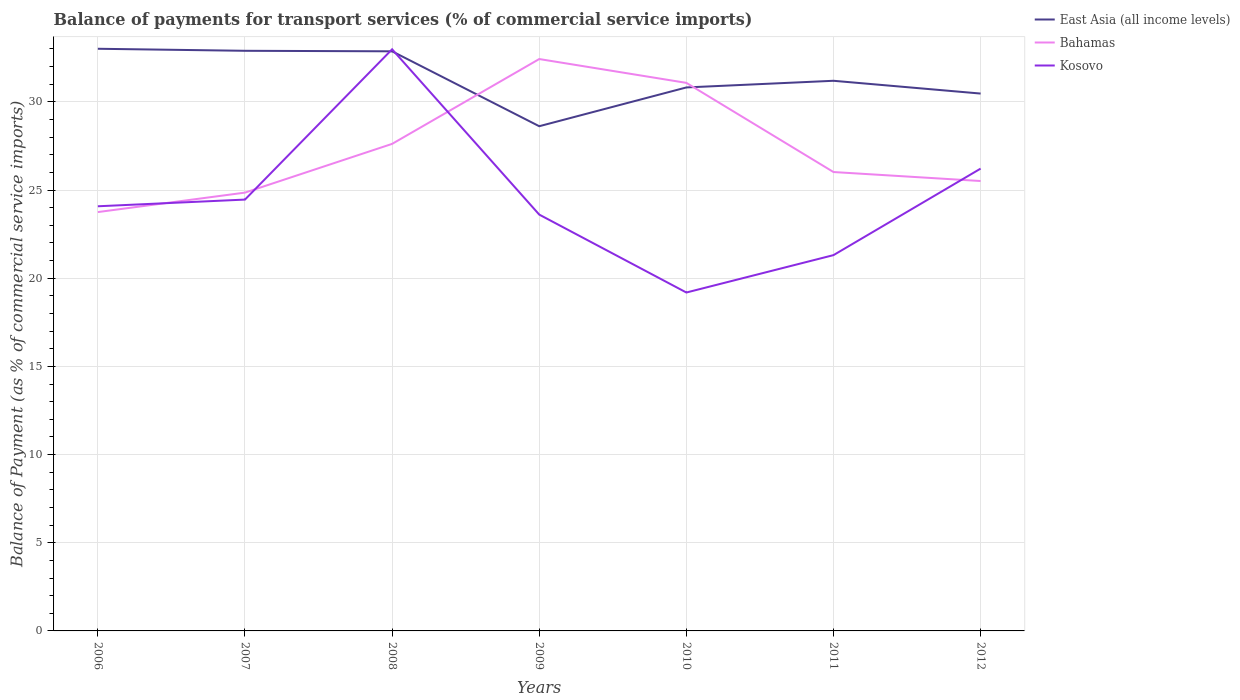
| Years | East Asia (all income levels) | Bahamas | Kosovo |
 | --- | --- | --- | --- |
 | 2006 | 33 | 23.8 | 24.1 |
 | 2007 | 32.9 | 24.9 | 24.5 |
 | 2008 | 32.9 | 27.6 | 33 |
 | 2009 | 28.6 | 32.4 | 23.6 |
 | 2010 | 30.8 | 31.1 | 19.2 |
 | 2011 | 31.2 | 26 | 21.3 |
 | 2012 | 30.5 | 25.5 | 26.2 |